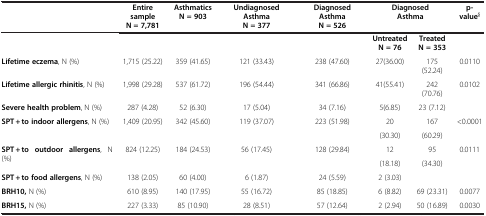
<table><thead><tr><td><b> </b></td><td><b>Entire sample N = 7,781</b></td><td><b>Asthmatics N = 903</b></td><td><b>Undiagnosed Asthma N = 377</b></td><td><b>Diagnosed Asthma N = 526</b></td><td colspan="2"><b>Diagnosed Asthma</b></td><td><b>p-value<sup>§</sup></b></td></tr></thead><tbody><tr><td> </td><td> </td><td> </td><td> </td><td> </td><td><b>Untreated N = 76</b></td><td><b>Treated N = 353</b></td><td> </td></tr><tr><td><b>Lifetime eczema</b>, N (%)</td><td>1,715 (25.22)</td><td>359 (41.65)</td><td>121 (33.43)</td><td>238 (47.60)</td><td>27(36.00)</td><td>175 (52.24)</td><td>0.0110</td></tr><tr><td><b>Lifetime allergic rhinitis</b>, N (%)</td><td>1,998 (29.28)</td><td>537 (61.72)</td><td>196 (54.44)</td><td>341 (66.86)</td><td>41(55.41)</td><td>242 (70.76)</td><td>0.0102</td></tr><tr><td><b>Severe health problem</b>, N (%)</td><td>287 (4.28)</td><td>52 (6.30)</td><td>17 (5.04)</td><td>34 (7.16)</td><td>5(6.85)</td><td>23 (7.12)</td><td> </td></tr><tr><td><b>SPT + to indoor allergens</b>, N (%)</td><td>1,409 (20.95)</td><td>342 (45.60)</td><td>119 (37.07)</td><td>223 (51.98)</td><td>20</td><td>167</td><td>&lt;0.0001</td></tr><tr><td> </td><td> </td><td> </td><td> </td><td> </td><td>(30.30)</td><td>(60.29)</td><td> </td></tr><tr><td><b>SPT + to outdoor allergens</b>, N (%)</td><td>824 (12.25)</td><td>184 (24.53)</td><td>56 (17.45)</td><td>128 (29.84)</td><td>12</td><td>95</td><td>0.0111</td></tr><tr><td> </td><td> </td><td> </td><td> </td><td> </td><td>(18.18)</td><td>(34.30)</td><td> </td></tr><tr><td><b>SPT + to food allergens</b>, N (%)</td><td>138 (2.05)</td><td>60 (4.00)</td><td>6 (1.87)</td><td>24 (5.59)</td><td>2 (3.03)</td><td> </td><td> </td></tr><tr><td><b>BRH10,</b> N (%)</td><td>610 (8.95)</td><td>140 (17.95)</td><td>55 (16.72)</td><td>85 (18.85)</td><td>6 (8.82)</td><td>69 (23.31)</td><td>0.0077</td></tr><tr><td><b>BRH15,</b> N (%)</td><td>227 (3.33)</td><td>85 (10.90)</td><td>28 (8.51)</td><td>57 (12.64)</td><td>2 (2.94)</td><td>50 (16.89)</td><td>0.0030</td></tr></tbody></table>